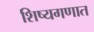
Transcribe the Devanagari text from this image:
शिष्यगणात